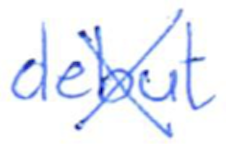
Text: debut
Cross-out: cross
Writing tool: ballpoint